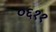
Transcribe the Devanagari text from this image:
०६११